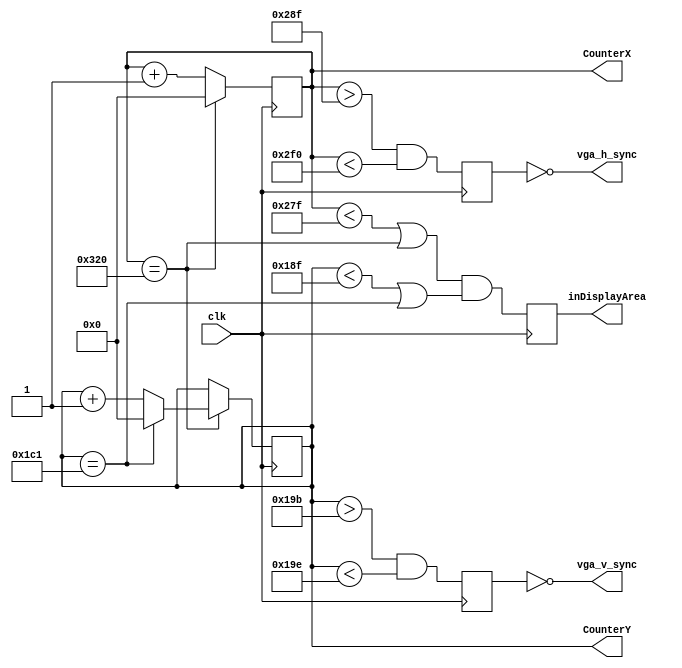
module hvsync(
    input clk,
    output vga_h_sync,
    output vga_v_sync,
    output reg inDisplayArea,
    output reg [9:0] CounterX,
    output reg [9:0] CounterY
  );
    reg vga_HS, vga_VS;

    wire CounterXmaxed = (CounterX == 800); // 16 + 48 + 96 + 640
    //wire CounterYmaxed = (CounterY == 525); // 10 + 2 + 33 + 480  // 640 * 480  60 Hz
    wire CounterYmaxed = (CounterY == 449); // 12 + 2 + 35 + 400    // 640 * 400  70 Hz

    always @(posedge clk)
    if (CounterXmaxed)
      CounterX <= 0;
    else
      CounterX <= CounterX + 10'h1;

    always @(posedge clk)
    begin
      if (CounterXmaxed)
      begin
        if(CounterYmaxed)
          CounterY <= 0;
        else
          CounterY <= CounterY + 10'h1;
      end
    end

    always @(posedge clk)
    begin
      vga_HS <= (CounterX > (640 + 16 - 1) && (CounterX < (640 + 16 + 96))); // active for 96 clocks
      //vga_VS <= (CounterY > (480 + 10 - 1) && (CounterY < (480 + 10 + 2))); // active for 2 clocks // 640 * 480 60Hz
      vga_VS <= (CounterY > (400 + 12 - 1) && (CounterY < (400 + 12 + 2))); // active for 2 clocks  // 640 * 400 70Hz
    end

    always @(posedge clk)
    begin
	  // CounterXmaxed is the corner case for Counter = 0, the same for CounterYmaxed
        //inDisplayArea <= ((CounterX < 640) || CounterXmaxed) && ((CounterY < 480) || CounterYmaxed); // 640 * 480
        inDisplayArea <= ((CounterX < 640 - 1) || CounterXmaxed) && ((CounterY < 400 - 1) || CounterYmaxed);   // 640 * 400
    end

    assign vga_h_sync = ~vga_HS;
    assign vga_v_sync = ~vga_VS;

endmodule